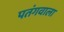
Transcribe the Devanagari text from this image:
पतंगवाला